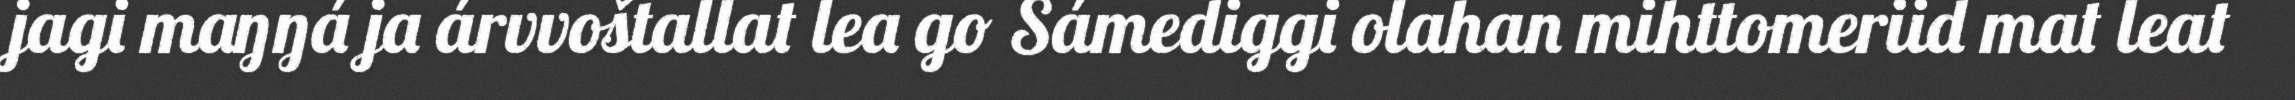
jagi maŋŋá ja árvvoštallat lea go Sámediggi olahan mihttomeriid mat leat